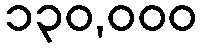
၁၃၀,၀၀၀